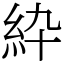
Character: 紣